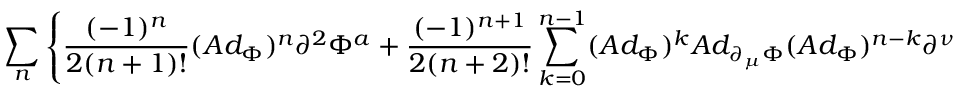
\sum _ { n } \left\{ \frac { ( - 1 ) ^ { n } } { 2 ( n + 1 ) ! } ( A d _ { \Phi } ) ^ { n } \partial ^ { 2 } \Phi ^ { a } + \frac { ( - 1 ) ^ { n + 1 } } { 2 ( n + 2 ) ! } \sum _ { k = 0 } ^ { n - 1 } ( A d _ { \Phi } ) ^ { k } A d _ { \partial _ { \mu } \Phi } ( A d _ { \Phi } ) ^ { n - k } \partial ^ { \nu } \Phi ^ { a } \right\} = 0 ,